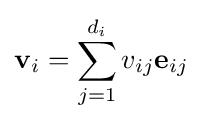
{\textbf {v}}_{i}=\sum _{j=1}^{d_{i}}v_{ij}{\textbf {e}}_{ij}\!